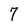
Character: 7